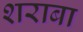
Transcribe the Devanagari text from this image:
शराबा